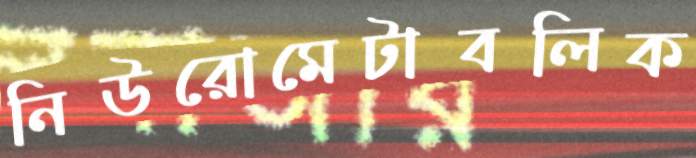
নিউরোমেটাবলিক